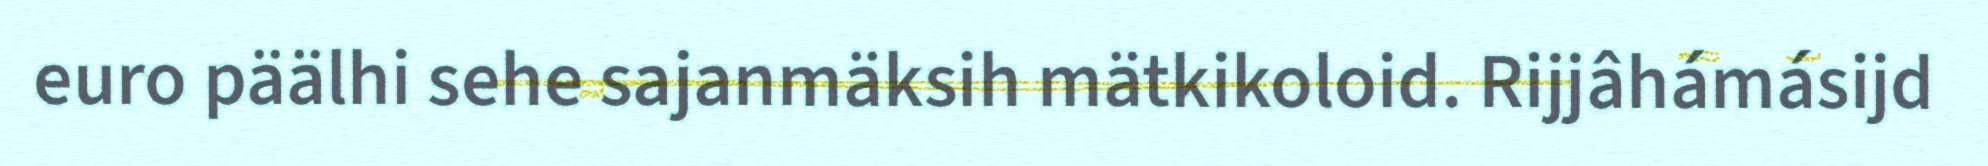
euro päälhi sehe sajanmäksih mätkikoloid. Rijjâhámásijd